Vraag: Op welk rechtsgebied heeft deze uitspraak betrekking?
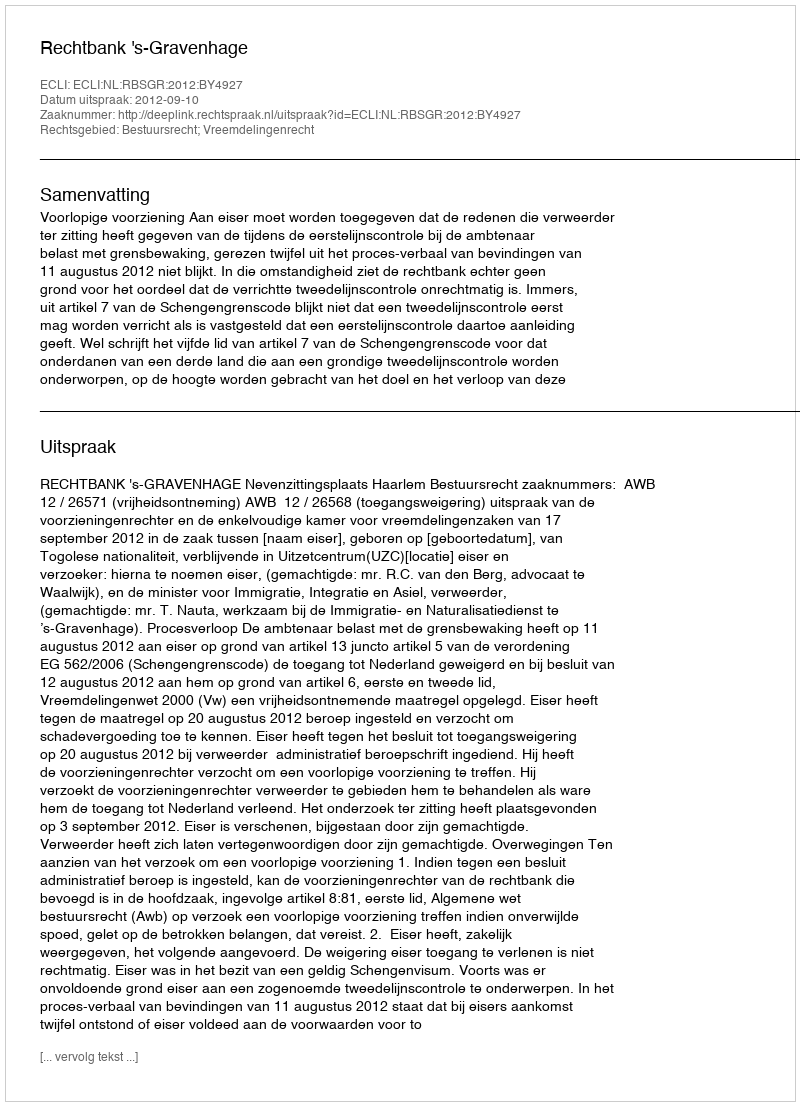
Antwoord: Bestuursrecht; Vreemdelingenrecht